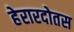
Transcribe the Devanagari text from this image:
हेरारदोतस